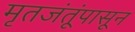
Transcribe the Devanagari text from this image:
मृतजंतूंपासून